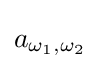
a_{\omega _{1},\omega _{2}}